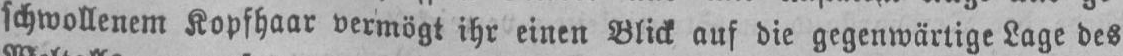
schwollenem Kopfhaar vermögt ihr einen Blick auf die gegenwärtige Lage des